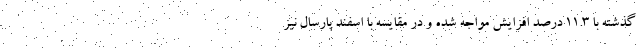
گذشته با ۱۱.۳ درصد افزایش مواجه شده و در مقایسه با اسفند پارسال نیز